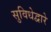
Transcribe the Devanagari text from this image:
सुविधेद्वारे